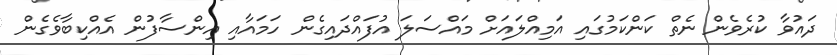
ދައުވާ ކުރެވެން ނެތް ކަންކަމުގައި އަމިއްލައަށް މައްސަލަ އުފައްދައިގެން ހަމައާއި އިންސާފުން އެއްކިބާވެގެން